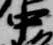
中